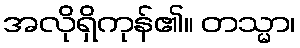
အလိုရှိကုန်၏။ တသ္မာ၊